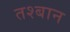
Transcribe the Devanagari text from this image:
तश्बान